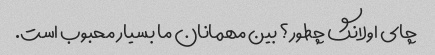
چای اولانگ چطور؟ بین مهمانان ما بسیار محبوب است.